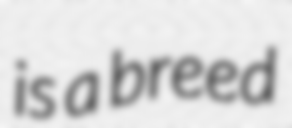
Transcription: is a breed